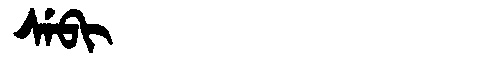
Manchu: ᠰᡝᠪᡳ
Romanization: SEBI